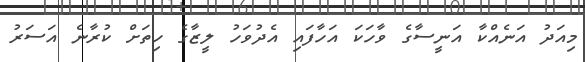
މިއަދު އަނެއްކާ އަނީސާގެ ވާހަކަ އަހާފައި އެދުވަހު ލީޒާގެ ހިތަށް ކުރާނެ އަސަރު